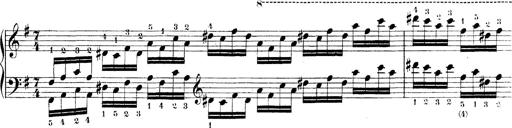
Title: Technische Studien
Composer: Franz Liszt